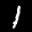
Label: 1